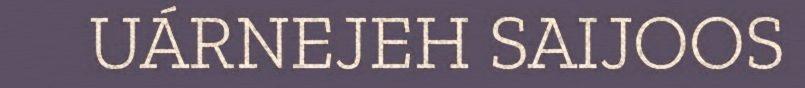
UÁRNEJEH SAIJOOS